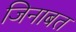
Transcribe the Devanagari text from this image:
जिनाबत